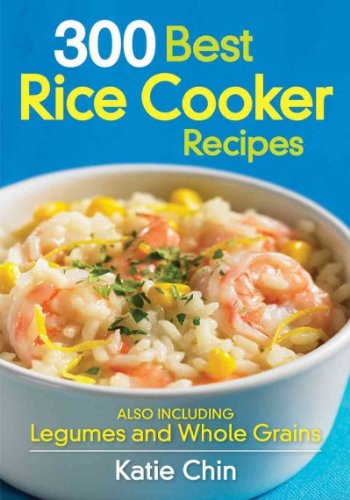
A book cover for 300 Best Rice Cooker Recipes: Also Including Legumes and Whole Grains; Katie Chin; Cookbooks, Food & Wine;